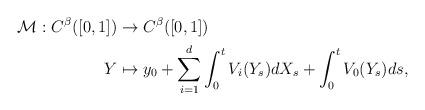
LaTeX: \begin{align*}\mathcal{M}: C^{\beta}([0,1])&\rightarrow C^{\beta}([0,1])\\Y&\mapsto y_0+\sum_{i=1}^{d}\int_{0}^{t}V_i(Y_s)dX_s+\int_{0}^{t}V_0(Y_s)ds,\end{align*}